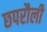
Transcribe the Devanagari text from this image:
छपरौली